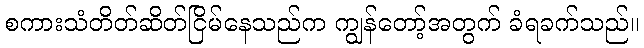
စကားသံတိတ်ဆိတ်ငြိမ်နေသည်က ကျွန်တော့်အတွက် ခံရခက်သည်။